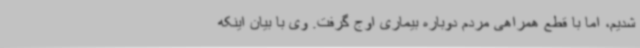
شدیم، اما با قطع همراهی مردم دوباره بیماری اوج گرفت. وی با بیان اینکه